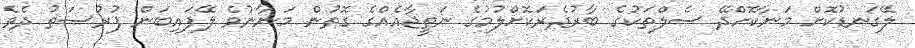
ލޭގަނޑުކޮށް މަނާކޮށްދޭ ސެލްތަކުގެ ބާރުދެރަކޮށްލުމުގެ ނަތީޖާއެއްގެ ގޮތުން މަނާނުވެ ލޭފައިބަން ފުރުސަތު ދެވެ